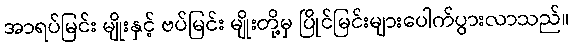
အာရပ်မြင်း မျိုးနှင့် ဗပ်မြင်း မျိုးတို့မှ ပြိုင်မြင်းများပေါက်ပွားလာသည်။